Civil Veterinary Dept. Bombay admin report 1907-1913 - 1907-1913
Year: 1907
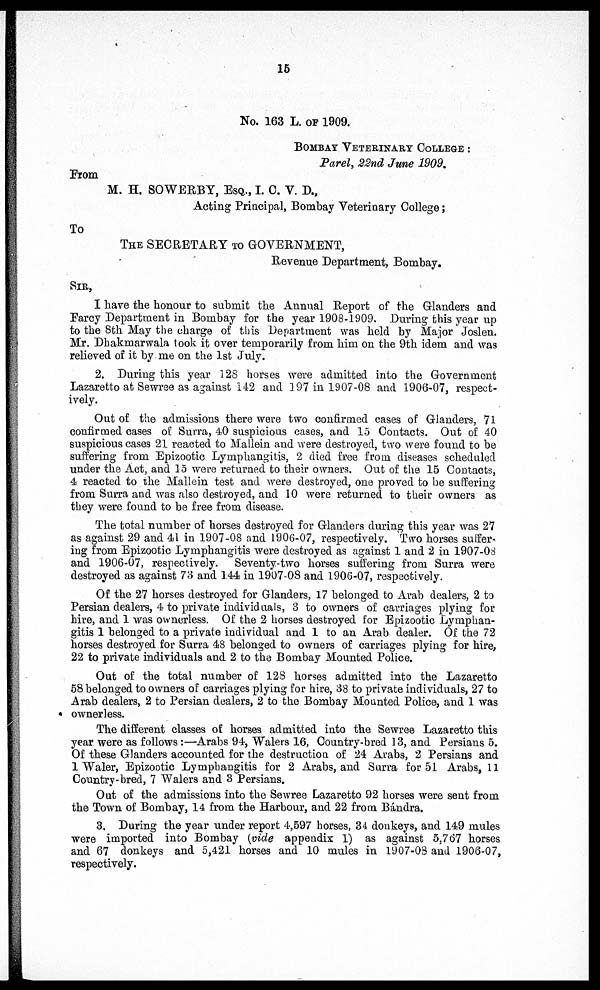
15
No. 163 L. OF 1909.
BOMBAY VETERINARY COLLEGE :
Parel, 22nd June 1909.
From
M. H. SOWEBBY, ESQ., I. C. V. D.,
Acting Principal, Bombay Veterinary College;
To
THE SECRETARY TO GOVERNMENT,
Revenue Department, Bombay.
SIR,
I have the honour to submit the Annual Report of the Glanders and
Farcy Department in Bombay for the year 1908-1909. During this year up
to the 8th May the charge of this Department was held by Major Joslen.
Mr. Dhakmarwala took it over temporarily from him on the 9th idem and was
relieved of it by me on the 1st July.
2. During this year 128 horses were admitted into the Government
Lazaretto at Sewree as against 142 and 197 in 1907-08 and 1906-07, respect-
ively.
Out of the admissions there were two confirmed cases of Glanders, 71
confirmed cases of Surra, 40 suspicious cases, and 15 Contacts. Out of 40
suspicious cases 21 reacted to Mallein and were destroyed, two were found to be
suffering from Epizootic Lymphangitis, 2 died free from diseases scheduled
under the Act, and 15 were returned to their owners. Out of the 15 Contacts,
4 reacted to the Mallein test and were destroyed, one proved to be suffering
from Surra and was also destroyed, and 10 were returned to their owners as
they were found to be free from disease.
The total number of horses destroyed for Glanders during this year was 27
as against 29 and 41 in 1907-08 and 1906-07, respectively. Two horses suffer-
ing from Epizootic Lymphangitis were destroyed as against 1 and 2 in 1907-08
and 1906-07, respectively. Seventy-two horses suffering from Surra were
destroyed as against 73 and 144 in 1907-08 and 1906-07, respectively.
Of the 27 horses destroyed for Glanders, 17 belonged to Arab dealers, 2 to
Persian dealers, 4 to private individuals, 3 to owners of carriages plying for
hire, and 1 was ownerless. Of the 2 horses destroyed for Epizootic Lymphan-
gitis 1 belonged to a private individual and 1 to an Arab dealer. Of the 72
horses destroyed for Surra 48 belonged to owners of carriages plying for hire,
22 to private individuals and 2 to the Bombay Mounted Police.
Out of the total number of 128 horses admitted into the Lazaretto
58 belonged to owners of carriages plying for hire, 38 to private individuals, 27 to
Arab dealers, 2 to Persian dealers, 2 to the Bombay Mounted Police, and 1 was
ownerless.
The different classes of horses admitted into the Sewree Lazaretto this
year were as follows :—Arabs 94, Walers 16, Country-bred 13, and Persians 5.
Of these Glanders accounted for the destruction of 24 Arabs, 2 Persians and
1 Waler, Epizootic Lymphangitis for 2 Arabs, and Surra for 51 Arabs, 11
Country-bred, 7 Walers and 3 Persians.
Out of the admissions into the Sewree Lazaretto 92 horses were sent from
the Town of Bombay, 14 from the Harbour, and 22 from Bándra.
3. During the year under report 4,597 horses, 34 donkeys, and 149 mules
were imported into Bombay (vide appendix 1) as against 5,767 horses
and 67 donkeys and 5,421 horses and 10 mules in 1907-03 and 1906-07,
respectively.